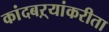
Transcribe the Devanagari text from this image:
कांदबऱ्यांकरीता